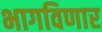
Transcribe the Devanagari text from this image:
भागविणार